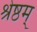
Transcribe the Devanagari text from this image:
श्रेष्ठम्